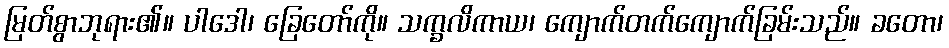
မြတ်စွာဘုရား၏။ ပါဒေါ၊ ခြေတော်ကို။ သက္ခလိကာယ၊ ကျောက်တက်ကျောက်ခြမ်းသည်။ ခတော၊